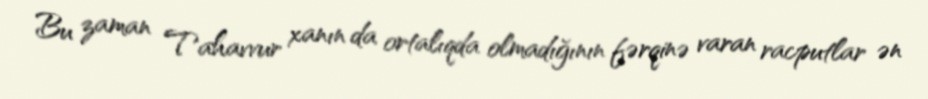
Bu zaman Tahavvur xanın da ortalıqda olmadığının fərqinə varan racputlar ən